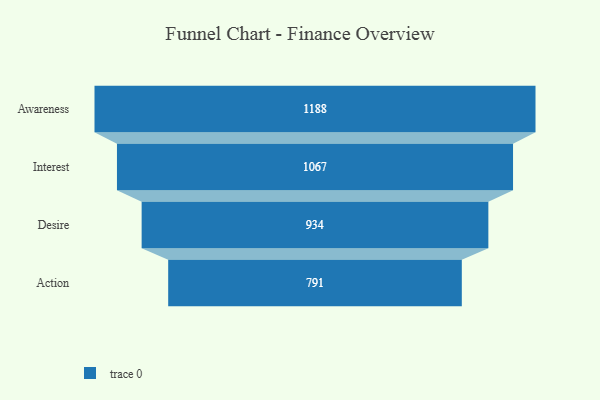
{"axis": {"x": "Stage", "y": "Value"}, "legend": [""], "data": [{"x": "Awareness", "y": 1188.0, "type": ""}, {"x": "Interest", "y": 1067.0, "type": ""}, {"x": "Desire", "y": 934.0, "type": ""}, {"x": "Action", "y": 791.0, "type": ""}]}